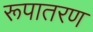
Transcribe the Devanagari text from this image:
रूपातरण